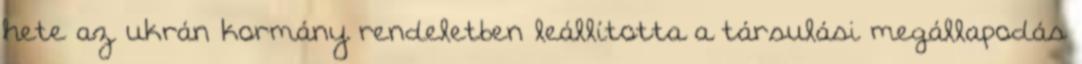
hete az ukrán kormány rendeletben leállította a társulási megállapodás